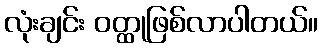
လုံးချင်း ဝတ္ထုဖြစ်လာပါတယ်။